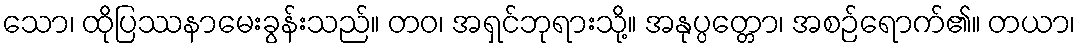
သော၊ ထိုပြဿနာမေးခွန်းသည်။ တဝ၊ အရှင်ဘုရားသို့။ အနုပ္ပတ္တော၊ အစဉ်ရောက်၏။ တယာ၊